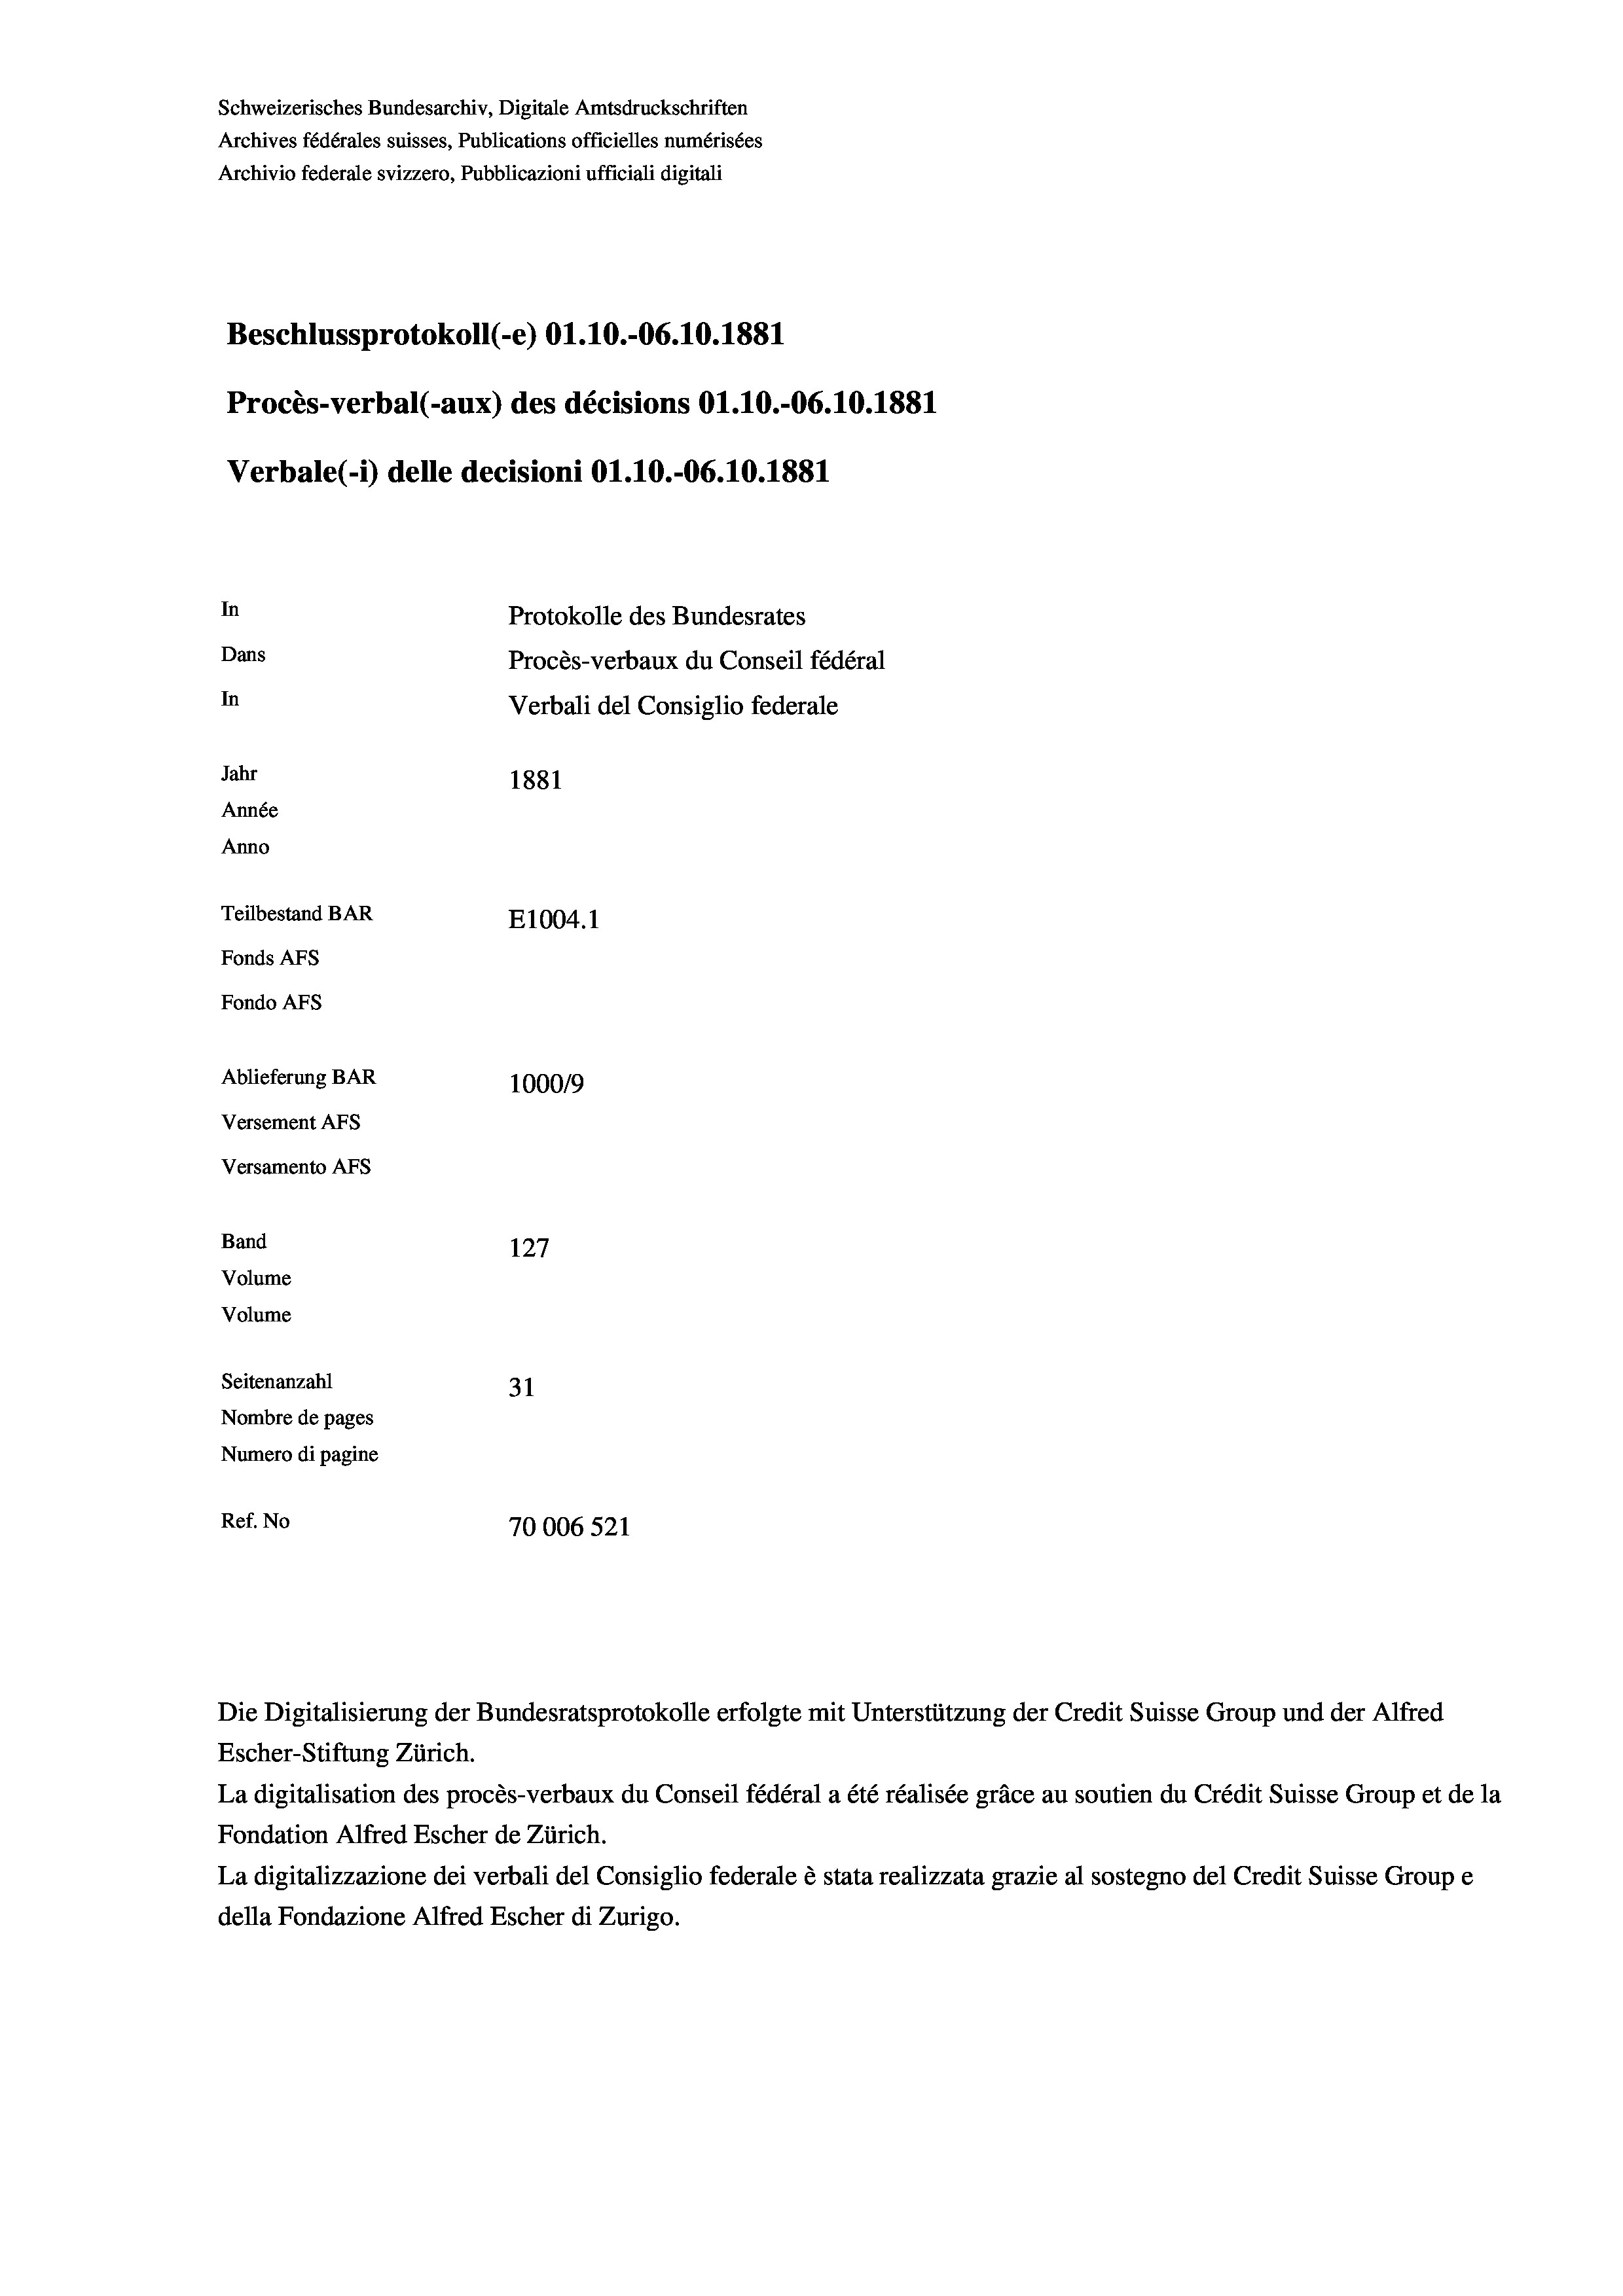
Schweizerisches Bundesarchiv, Digitale Amtsdruckschriften
Archives fédérales suisses, Publications officielles numérisées
Archivio federale svizzero, Pubblicazioni ufficiali digitali
Beschlussprotokoll (-e) O1.10.-06.10.1881
Procès-verbal (-aux) des décisions O1.10.-06.10.1881
Verbale (- 1) delle decisioni O1.10.-06. 10. 1881
In
Protokolle des Bundesrates
Dans
Procès-verbaux du Conseil fédéral
In
Verbali del Consiglio federale
Jahr
1881
Année
Anno
Teilbestand BAR
E1004. 1
Fonds AFs
Fondo AFS
Ablieferung BAR
100019
Versement AFs
Versamento AFs
Band
127
Volume
Volume
Seitenanzahl
31
Nombre de pages
Numero di pagine
Ref. No
70006 521

Die Digitalisierung der Bundesratsprotokolle erfolgte mit Unterstützung der Credit Suisse Group und der Alfred
Escher-Stiftung Zürich.
La digitalisation des procès-verbaux du Conseil fédéral a été réalisée gräce au soutien du Crédit Suisse Group et de la
Fondation Alfred Escher de Zürich.
La digitalizzazione dei verbali del Consiglio federale è stata realizzata grazie al sostegno del Credit Suisse Groupe
della Fondazione Alfred Escher di Zurigo.